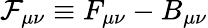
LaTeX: {\cal{F}}_{\mu\nu}\equiv F_{\mu\nu}-B_{\mu\nu}